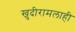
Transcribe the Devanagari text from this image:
खुदीरामलाही